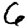
Digit: 6